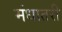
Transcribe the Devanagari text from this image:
मंधातरी